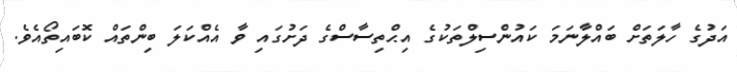
އަދުގެ ހާލަތަށް ބައްލާނަމަ ކައުންސިލްތަކުގެ އިޙްތިސާސްގެ ދަށުގައި ވާ އެއްކަލަ ބިންތައް ކޮބައިތޯއެވެ.